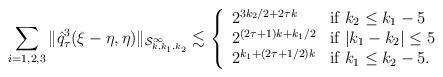
LaTeX: \begin{align*}\sum_{i=1,2,3}\|\hat{q}_\tau^3(\xi-\eta, \eta) \|_{\mathcal{S}^{\infty}_{k,k_1,k_2}} \lesssim \left\{ \begin{array}{ll}2^{3k_2/2+2\tau k} & \textup{if $k_2\leq k_1-5$} \\2^{(2\tau+1)k+k_1/2} & \textup{if $|k_1-k_2|\leq 5$}\\2^{k_1 + (2\tau+1/2 )k}& \textup{if $k_1\leq k_2-5$}. \\\end{array}\right.\end{align*}